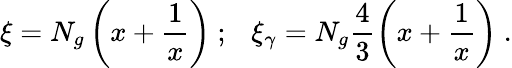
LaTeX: \xi=N_{g}\left(x+\frac{1}{x}\right)~;~~~\xi_{\gamma}=N_{g}\frac{4}{3}\left(x+\frac{1}{x}\right)~.